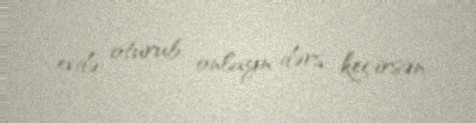
evdə oturub, onlayn dərs keçirsən.